Report of the King Institute of Preventive Medicine, Guindy
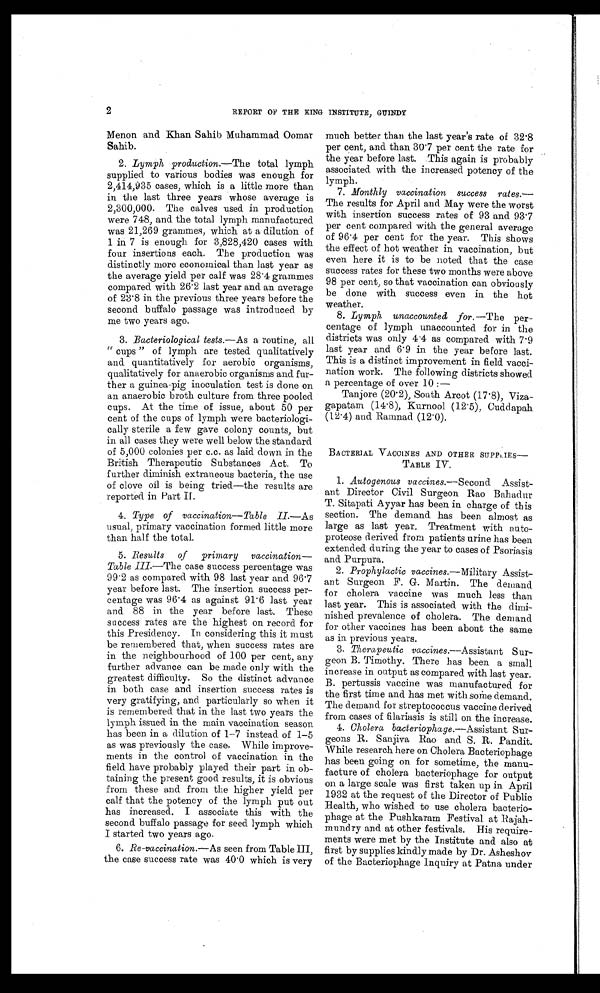
2
REPORT OF THE KING INSTITUTE, GUINDY
Menon and Khan Sahib Muhammad Oomar
Sahib.
2. Lymph production.— The total lymph
supplied to various bodies was enough for
2,414,935 cases, which is a little more than
in the last three years whose average is
2,300,000. The calves used in production
were 748, and the total lymph manufactured
was 21,269 grammes, which at a dilution of
1 in 7 is enough for 3,828,420 cases with
four insertions each. The production was
distinctly more economical than last year as
the average yield. per calf was 28.4 grammes
compared with 26.2 last year and an average
of 23.8 in the previous three years before the
second buffalo passage was introduced by
me two years ago.
3. Bacteriological tests.— As a routine, all
"cups" of lymph are tested qualitatively
and quantitatively for aerobic organisms,
qualitatively for anaerobic organisms and fur--
ther a guinea-pig inoculation test is done on
an anaerobic broth culture from three pooled
cups. At the time of issue, about 50 per
cent of the cups of lymph were bacteriologi-
- c a l l y s t e r i l e a f e w g a v e c o l o n y c o u n t s , b u t
in all cases they were well below the standard
of 5,000 colonies per c.c. as laid down in the
British Therapeutic Substances Act. To
further diminish extraneous bacteria, the use
of clove oil is being tried—the results are
reported in Part II.
4. Type of vaccination—Table II.— As
usual, primary vaccination formed little more
than half the total.
5. Results of primary vaccination
— T a b l e I I I —
T h e
c a s e s u c c e s s p e r c e n t a g e w a s
99.2 as compared with 98 last year and 96.7
year before last. The insertion success per-
- c e n t a g e w a s 9 6 . 4 a s a g a i n s t 9 1 . 6 l a s t y e a r
and 88 in the year before last. These
success rates are the highest on record for
this Presidency. In considering this it must
be remembered that, when success rates are
in the neighbourhood of 100 per cent, any
further advance can be made only with the
greatest difficulty. So the distinct advance
in both case and insertion success rates is
very gratifying, and particularly so when it
is remembered that in the last two years the
lymph issued in the main vaccination season
has been in a dilution. of 1-7 instead of 1-5
as was previously the case. While improve
- m e n t s i n t h e c o n t r o l o f v a c c i n a t i o n i n t h e
field have probably played their part in ob-
-taining the present good results, it is obvio
from these and from the higher yield per
calf that the potency of the lymph put out
has increased. I associate this with the
second buffalo passage for seed lymph which
I started two years ago.
6. Re-vaccination.—As seen from Table
the case success rate was 40.0 which is very
much better than the last year's rate of 32.8
per cent, and than 30.7 per cent the rate for
the year before last. This again is probably
associated with the increased potency of the
lymph.
7. Monthly vaccination success rates.
— T h e r e s u l t s f o r A p r i l a n d M a y w e r e t h e w o r s t
with insertion success rates of 93 and 93
. 7 p e r c e n t c o m p a r e d w i t h t h e g e n e r a l a v e r a g e
of 96.4 per cent for the year. This shows
the effect of hot weather in vaccination, but
even here it is to be noted that the case
success rates for these two months were above
98 per cent, so that vaccination can obviously
be done with success even in the hot
weather.
8. Lymph unaccounted for— The per-
centage of lymph unaccounted for in the
districts was only 4.4 as compared with 7.9
last year and 6.9 in the year before last.
This is a distinct improvement in field vacci-
nation work. The following districts showed
a percentage of over 10 :—
Tanjore (20.2), South Arcot (17.8), Viza-
gapatam (14.8), Kurnool (12.5), Cuddapah
(12.4) and Ramnad (12.0).
BACTERIAL VACCINES AND OTHER SUPPLIES
—
TABLE IV.
1. Autogenous vaccines.— Second Assist-
ant Director Civil Surgeon Rao Bahadur
T. Sitapati Ayyar has been in charge of this
section. The demand has been almost as
large as last year. Treatment with auto--
proteose derived from patients urine has been
extended during the year to cases of Psoriasis
and Purpura.
2. Prophylactic vaccines.— Military Assist-
ant Surgeon F. G. Martin. The demand
for cholera vaccine was much less than
last year. This is associated with the dimi-
- n i s h e d p r e v a l e n c e o f c h o l e r a . T h e d e m a n d
for other vaccines has been about the same
as in previous years.
3. Therapeutic vaccines.—Assistant Sur-
geon B. Timothy. There has been a small
increase in output as compared with last year.
B. pertussis vaccine was manufactured for
the first time and has met with some demand.
The demand for streptococcus vaccine derived
from cases of filariasis is still on the increase.
4. Cholera bacteriophage.— Assistant Sur-
geons R. Sanjiva Rao and S. R. Pandit.
While research here on Cholera Bacteriophage
has been going on for sometime, the manu--
facture of cholera bacteriophage for output
on a large scale was first taken up in April
1932 at the request of the Director of Public
Health, who wished to use cholera bacterio--
phage at the Pushkaram Festival. at Rajah-
mundry and at other festivals. His require--
ments were met by the Institute and also at
first by supplies kindly made by Dr. Asheshov
of the Bacteriophage Inquiry at Patna under